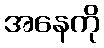
အနေကို